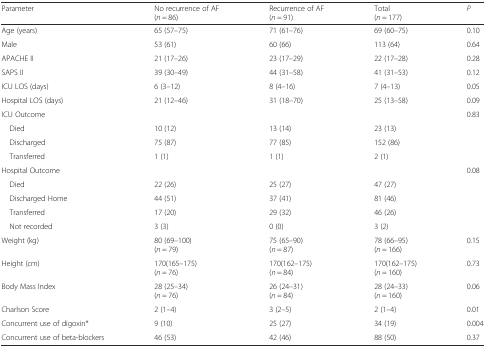
<table><thead><tr><td><b>Parameter</b></td><td><b>No recurrence of AF(<i>n</i> = 86)</b></td><td><b>Recurrence of AF(<i>n</i> = 91)</b></td><td><b>Total(<i>n</i> = 177)</b></td><td><b><i>P</i></b></td></tr></thead><tbody><tr><td>Age (years)</td><td>65 (57–75)</td><td>71 (61–76)</td><td>69 (60–75)</td><td>0.10</td></tr><tr><td>Male</td><td>53 (61)</td><td>60 (66)</td><td>113 (64)</td><td>0.64</td></tr><tr><td>APACHE II</td><td>21 (17–26)</td><td>23 (17–29)</td><td>22 (17–28)</td><td>0.28</td></tr><tr><td>SAPS II</td><td>39 (30–49)</td><td>44 (31–58)</td><td>41 (31–53)</td><td>0.12</td></tr><tr><td>ICU LOS (days)</td><td>6 (3–12)</td><td>8 (4–16)</td><td>7 (4–13)</td><td>0.05</td></tr><tr><td>Hospital LOS (days)</td><td>21 (12–46)</td><td>31 (18–70)</td><td>25 (13–58)</td><td>0.09</td></tr><tr><td>ICU Outcome</td><td></td><td></td><td></td><td>0.83</td></tr><tr><td> Died</td><td>10 (12)</td><td>13 (14)</td><td>23 (13)</td><td></td></tr><tr><td> Discharged</td><td>75 (87)</td><td>77 (85)</td><td>152 (86)</td><td></td></tr><tr><td> Transferred</td><td>1 (1)</td><td>1 (1)</td><td>2 (1)</td><td></td></tr><tr><td>Hospital Outcome</td><td></td><td></td><td></td><td>0.08</td></tr><tr><td> Died</td><td>22 (26)</td><td>25 (27)</td><td>47 (27)</td><td></td></tr><tr><td> Discharged Home</td><td>44 (51)</td><td>37 (41)</td><td>81 (46)</td><td></td></tr><tr><td> Transferred</td><td>17 (20)</td><td>29 (32)</td><td>46 (26)</td><td></td></tr><tr><td> Not recorded</td><td>3 (3)</td><td>0 (0)</td><td>3 (2)</td><td></td></tr><tr><td>Weight (kg)</td><td>80 (69–100)(<i>n</i> = 79)</td><td>75 (65–90)(<i>n</i> = 87)</td><td>78 (66–95)(<i>n</i> = 166)</td><td>0.15</td></tr><tr><td>Height (cm)</td><td>170(165–175)(<i>n</i> = 76)</td><td>170(162–175)(<i>n</i> = 84)</td><td>170(162–175)(<i>n</i> = 160)</td><td>0.73</td></tr><tr><td>Body Mass Index</td><td>28 (25–34)(<i>n</i> = 76)</td><td>26 (24–31)(<i>n</i> = 84)</td><td>28 (24–33)(<i>n</i> = 160)</td><td>0.06</td></tr><tr><td>Charlson Score</td><td>2 (1–4)</td><td>3 (2–5)</td><td>2 (1–4)</td><td>0.01</td></tr><tr><td>Concurrent use of digoxin*</td><td>9 (10)</td><td>25 (27)</td><td>34 (19)</td><td>0.004</td></tr><tr><td>Concurrent use of beta-blockers</td><td>46 (53)</td><td>42 (46)</td><td>88 (50)</td><td>0.37</td></tr></tbody></table>